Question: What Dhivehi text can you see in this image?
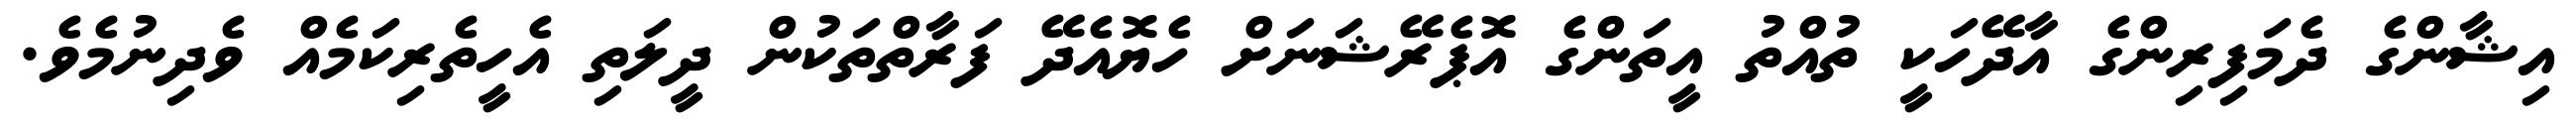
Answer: އިޝާންގެ ދެމަފިރިންގެ އާދޭހަކީ ތުއްތު އީތަންގެ އޮޕެރޭޝަނަށް ހެޔޮއެދޭ ފަރާތްތަކުން ދީލަތި އެހީތެރިކަމެއް ވެދިނުމެވެ.